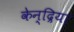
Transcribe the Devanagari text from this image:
केन्द्रिया